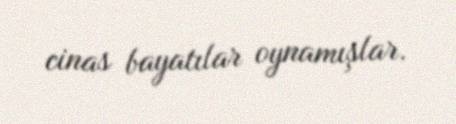
cinas bayatılar oynamışlar.